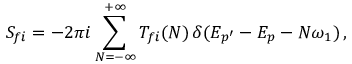
S _ { f i } = - 2 \pi i \sum _ { N = - \infty } ^ { + \infty } T _ { f i } ( N ) \, \delta ( E _ { p ^ { \prime } } - E _ { p } - N \omega _ { 1 } ) \, ,